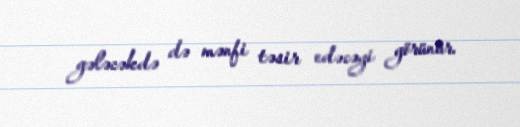
gələcəkdə də mənfi təsir edəcəyi görünür.